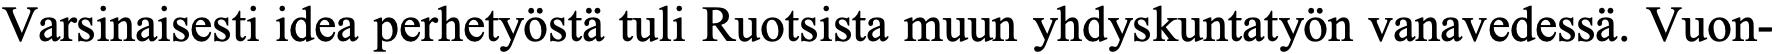
Varsinaisesti idea perhetyöstä tuli Ruotsista muun yhdyskuntatyön vanavedessä. Vuon-